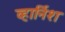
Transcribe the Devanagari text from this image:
व्हार्निश